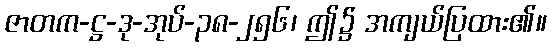
ဇာတက-ဋ္ဌ-ဒု-အုပ်-၃၈-၂၅၆၊ ဤ၌ အကျယ်ပြထား၏။